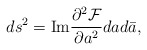
\begin{align*}d s^2 = \hbox {Im} \frac {\partial^2 {\cal F}}{\partial a^2} dad\bar{a},\end{align*}